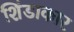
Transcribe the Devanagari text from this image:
शिंडाकार